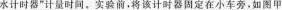
水计时器”计量时间。实验前，将该计时器固定在小车旁，如图甲